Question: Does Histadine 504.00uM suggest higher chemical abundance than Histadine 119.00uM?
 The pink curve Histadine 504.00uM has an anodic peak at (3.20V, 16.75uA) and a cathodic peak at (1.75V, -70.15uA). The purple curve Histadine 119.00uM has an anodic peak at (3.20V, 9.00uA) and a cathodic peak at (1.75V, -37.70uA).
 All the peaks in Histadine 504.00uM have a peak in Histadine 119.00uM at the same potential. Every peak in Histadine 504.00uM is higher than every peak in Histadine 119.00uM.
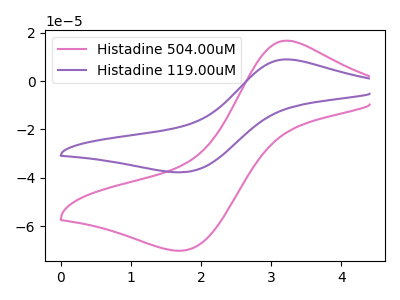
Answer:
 <answer>"Histadine 504.00uM" has more signal than "Histadine 119.00uM".</answer>
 <eval>more_signal</eval>